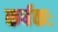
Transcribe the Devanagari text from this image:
कर्षकः